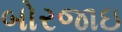
બોરજાઇ